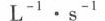
L ^ { - 1 } \cdot s ^ { - 1 }$$